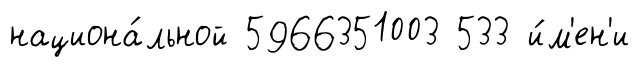
национа́льной 5966351003 533 и́м'ен'и